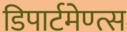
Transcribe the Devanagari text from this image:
डिपार्टमेण्त्स